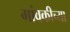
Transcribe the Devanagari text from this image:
गांवकीच्या